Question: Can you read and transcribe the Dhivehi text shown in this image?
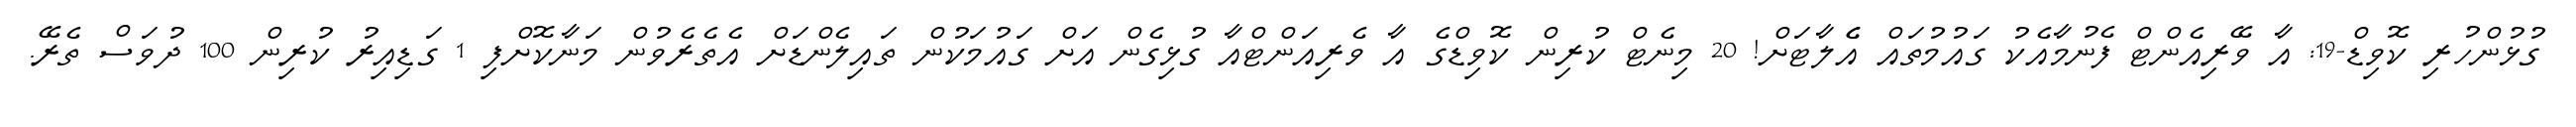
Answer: ގުޅުންހުރި ކޮވިޑް-19: އާ ވޭރިއެންޓް ފެނުމާއެކު ގައުމުތައް އެެލާޓަށް! 20 މިނެޓް ކުރިން ކޮވިޑްގެ އާ ވެރިއަންޓްއާ ގުޅިގެން އަށް ގައުމަކުން ތައިލެންޑަށް އެތެރެވުން މަނާކޮށްފި 1 ގަޑިއިރު ކުރިން 100 ދުވަސް ތެރޭ.